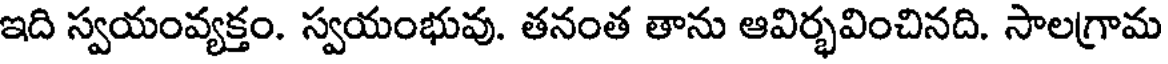
ఇది స్వయంవ్యక్తం. స్వయంభువు. తనంత తాను ఆవిర్భవించినది. సాలగ్రామ